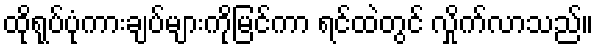
ထိုရုပ်ပုံကားချပ်များကိုမြင်ကာ ရင်ထဲတွင် လှိုက်လာသည်။